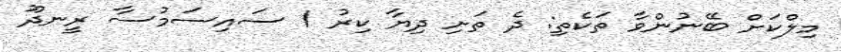
މިލްކަށް ބޭނުންވާ ތަކެތި: ދެ ތަށި ދިޔާ ކިރު 1 ސައިސަމުސާ ރީނދޫ